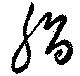
脂